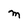
Character: M